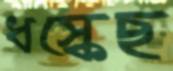
ধস্‌কেছ